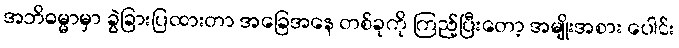
အဘိဓမ္မာမှာ ခွဲခြားပြထားတာ အခြေအနေ တစ်ခုကို ကြည့်ပြီးတော့ အမျိုးအစား ပေါင်း